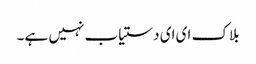
بلاک ای ای دستیاب نہیں ہے۔